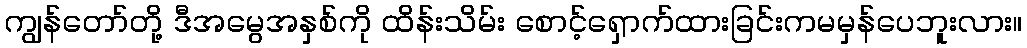
ကျွန်တော်တို့ ဒီအမွေအနှစ်ကို ထိန်းသိမ်း စောင့်ရှောက်ထားခြင်းကမမှန်ပေဘူးလား။